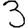
Digit: 3